Report of the Indian Hemp Drugs Commission, 1894-1895 - Volume VI
Year: 1894
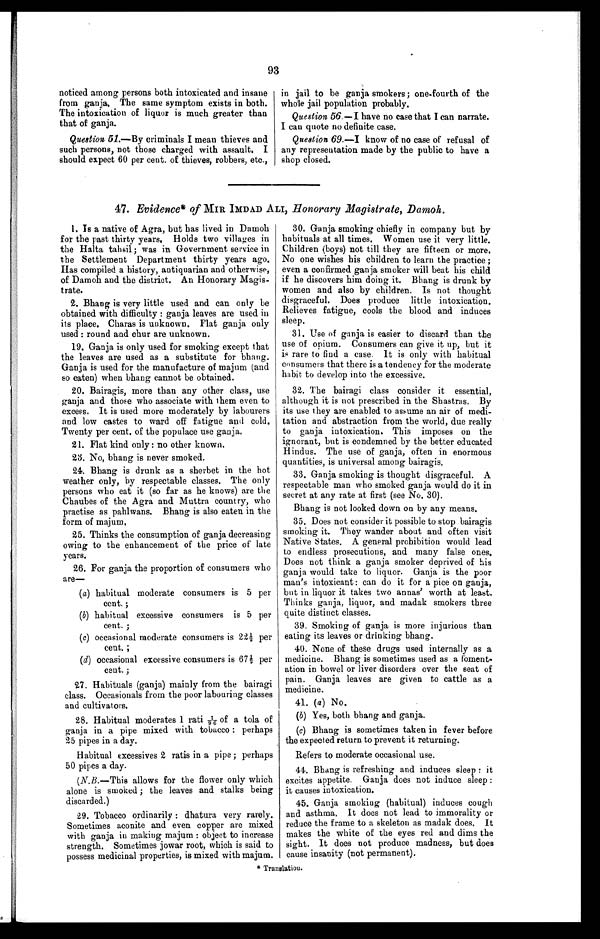
93
noticed among persons both intoxicated and insane
from ganja. The same symptom exists in both.
The intoxication of liquor is much greater than
that of ganja.
Question 51.—By criminals I mean thieves and
such persons, not those charged with assault. I
should expect 60 per cent. of thieves, robbers, etc.,
in jail to be ganja smokers; one-fourth of the
whole jail population probably.
Question 56.—I have no case that I can narrate.
I can quote no definite case.
Question 69.—I know of no case of refusal of
any representation made by the public to have a
shop closed.
47. Evidence* of MIR IMDAD ALI, Honorary Magistrate, Damoh .
1. Is a native of Agra, but has lived in Damoh
for the past thirty years. Holds two villages in
the Halta tahsil; was in Government service in
the Settlement Department thirty years ago.
Has compiled a history, antiquarian and otherwise,
of Damoh and the district. An Honorary Magis-
trate.
2. Bhang is very little used and can only be
obtained with difficulty : ganja leaves are used in
its place. Charas is unknown. Flat ganja only
used : round and chur are unknown.
19. Ganja is only used for smoking except that
the leaves are used as a substitute for bhang.
Ganja is used for the manufacture of majum (and
so eaten) when bhang cannot be obtained.
20. Bairagis, more than any other class, use
ganja and those who associate with them even to
excess. It is used more moderately by labourers
and low castes to ward off fatigue and cold.
Twenty per cent. of the populace use ganja.
21. Flat kind only : no other known.
23. No, bhang is never smoked.
24. Bhang is drunk as a sherbet in the hot
weather only, by respectable classes. The only
persons who eat it (so far as he knows) are the
Chaubes of the Agra and Muttra country, who
practise as pahlwans. Bhang is also eaten in the
form of majum.
25. Thinks the consumption of ganja decreasing
owing to the enhancement of the price of late
years.
26. For ganja the proportion of consumers who
are
—
(a) habitual moderate consumers is 5 per
cent. ;
(b) habitual excessive consumers is 5 per
cent. ;
(c) occasional moderate consumers is 22 1/2 per
cent. ;
(d) occasional excessive consumers is 67 1/2 per
cent. ;
27. Habituals (ganja) mainly from the bairagi
class. Occasionals from the poor labouring classes
and cultivators.
28. Habitual moderates 1 rati 1/96 of a tola of
ganja in a pipe mixed with tobacco : perhaps
25 pipes in a day.
Habitual excessives 2 ratis in a pipe ; perhaps
50 pipes a day.
(N.B. —This allows for the flower only which
alone is smoked ; the leaves and stalks being
discarded.)
29. Tobacco ordinarily : dhatura very rarely.
Sometimes aconite and even copper are mixed
with ganja in making majum : object to increase
strength. Sometimes jowar root, which is said to
possess medicinal properties, is mixed with majum.
30. Ganja smoking chiefly in company but by
habituals at all times. Women use it very little.
Children (boys) not till they are fifteen or more.
No one wishes his children to learn the practice ;
even a confirmed ganja smoker will beat his child
if he discovers him doing it. Bhang is drunk by
women and also by children. Is not thought
disgraceful. Does produce little intoxication.
Relieves fatigue, cools the blood and induces
sleep.
31. Use of ganja is easier to discard than the
use of opium. Consumers can give it up, but it
is rare to find a case. It is only with habitual
consumers that there is a tendency for the moderate
habit to develop into the excessive.
32. The bairagi class consider it essential,
although it is not prescribed in the Shastras. By
its use they are enabled to assume an air of medi-
tation and abstraction from the world, due really
to ganja intoxication. This imposes on the
ignorant, but is condemned by the better educated
Hindus. The use of ganja, often in enormous
quantities, is universal among bairagis.
33. Ganja smoking is thought disgraceful. A
respectable man who smoked ganja would do it in
secret at any rate at first (see No. 30).
Bhang is not looked down on by any means.
35. Does not consider it possible to stop bairagis
smoking it. They wander about and often visit
Native States. A general prohibition would lead
to endless prosecutions, and many false ones.
Does not think a ganja smoker deprived of his
ganja would take to liquor. Ganja is the poor
man's intoxicant : can do it for a pice on ganja,
but in liquor it takes two annas' worth at least.
Thinks ganja, liquor, and madak smokers three
quite distinct classes.
39. Smoking of ganja is more injurious than
eating its leaves or drinking bhang.
40. None of these drugs used internally as a
medicine. Bhang is sometimes used as a foment-
ation in bowel or liver disorders over the seat of
pain. Ganja leaves are given to cattle as a
medicine.
41. (a) No.
(b) Yes, both bhang and ganja.
(c) Bhang is sometimes taken in fever before
the expected return to prevent it returning.
Refers to moderate occasional use.
44. Bhang is refreshing and induces sleep : it
excites appetite. Ganja does not induce sleep :
it causes intoxication.
45. Ganja smoking (habitual) induces cough
and asthma. It does not lead to immorality or
reduce the frame to a skeleton as madak does. It
makes the white of the eyes red and dims the
sight. It does not produce madness, but does
cause insanity (not permanent).
* Translation.